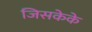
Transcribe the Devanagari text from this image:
जिसकेके